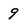
Character: 9